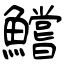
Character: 鱨